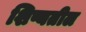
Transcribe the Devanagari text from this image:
शिष्यतील